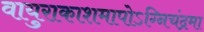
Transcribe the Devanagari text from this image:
वायुराकाशमापोऽग्‍निचंद्रमा